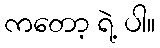
ကတော့ ရဲ့ ပါ။